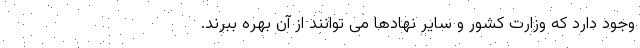
وجود دارد که وزارت کشور و سایر نهادها می توانند از آن بهره ببرند.